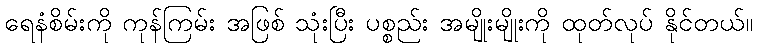
ရေနံစိမ်းကို ကုန်ကြမ်း အဖြစ် သုံးပြီး ပစ္စည်း အမျိုးမျိုးကို ထုတ်လုပ် နိုင်တယ်။